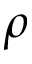
\rho